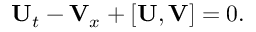
\begin{array} { r } { \mathbf { U } _ { t } - \mathbf { V } _ { x } + [ \mathbf { U } , \mathbf { V } ] = 0 . } \end{array}